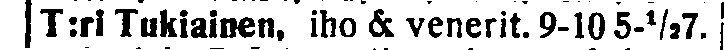
T:ri Tukiainen, iho & venerit. 9-10 5-½7.